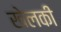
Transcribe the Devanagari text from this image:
खेलकी